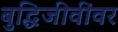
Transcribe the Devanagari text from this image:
बुद्धिजीवींवर